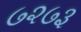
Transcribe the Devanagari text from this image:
७२७३